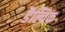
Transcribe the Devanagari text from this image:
डैल्विक